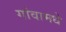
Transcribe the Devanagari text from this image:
गांवामधे